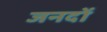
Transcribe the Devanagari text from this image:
जनदों